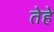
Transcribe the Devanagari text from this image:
तेहे